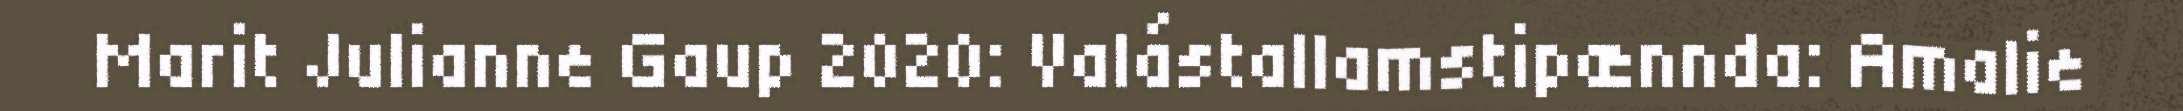
Marit Julianne Gaup 2020: Valástallamstipænnda: Amalie